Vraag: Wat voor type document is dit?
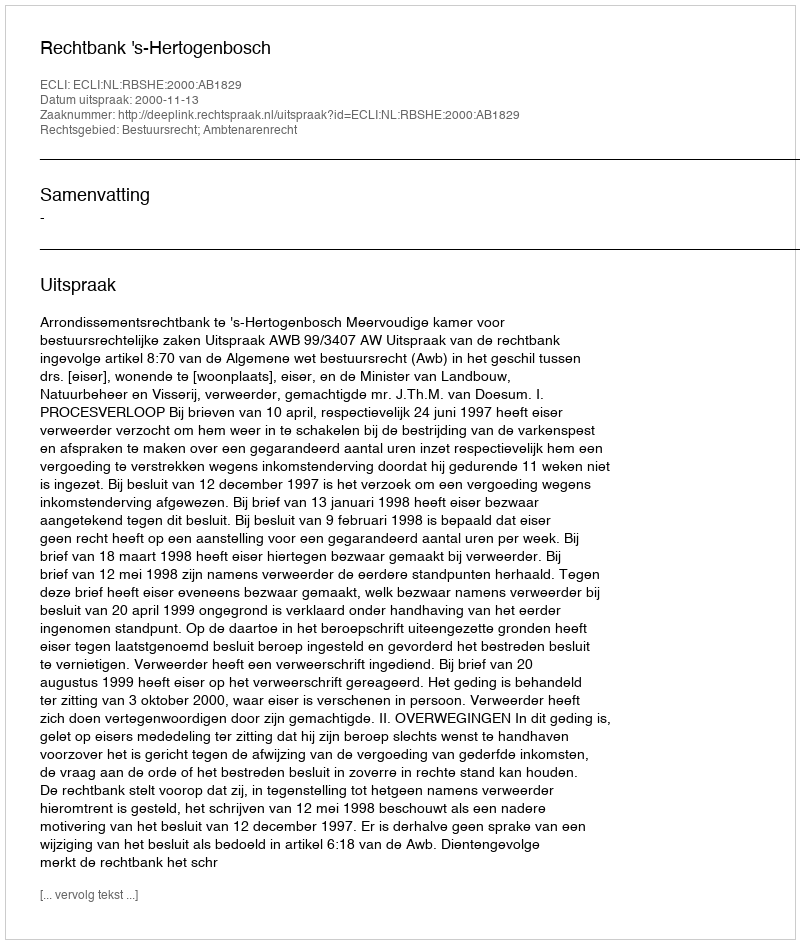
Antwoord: Uitspraak